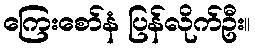
ကြေးစော်နံ ပြန်လိုက်ဦး။